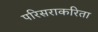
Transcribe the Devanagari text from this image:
परिसराकरिता